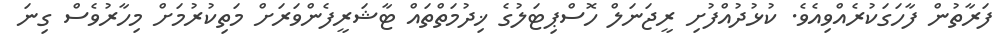
ފަރާތުން ފާހަގަކުރެއްވިއެވެ. ކުޅުދުއްފުށި ރީޖަނަލް ހޮސްޕިޓަލުގެ ޚިދުމަތްތައް ޓާޝަރީފެންވަރަށް މަތިކުރުމަށް މިހާރުވެސް ގިނަ